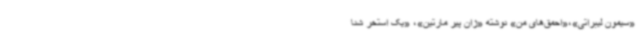
«سیمون لیبراتی»،«احمق‌های من» نوشته «ژان پیر مارتین»، «یک استخر شنا